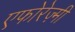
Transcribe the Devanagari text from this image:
एफोरेज़्मी